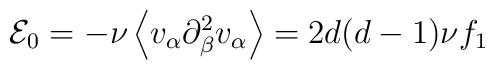
{\cal E}_{0} = -\nu  \left \langle  v_{\alpha} \partial_{\beta}^2v_{\alpha} \right \rangle = 2 d(d-1) \nu f_1